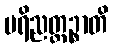
ပရိညတ္ထဉ္စာတိ